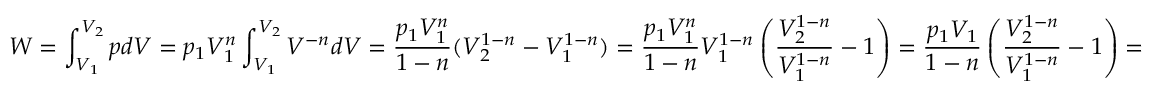
W = \int _ { V _ { 1 } } ^ { V _ { 2 } } p d V = p _ { 1 } V _ { 1 } ^ { n } \int _ { V _ { 1 } } ^ { V _ { 2 } } V ^ { - n } d V = { \frac { p _ { 1 } V _ { 1 } ^ { n } } { 1 - n } } ( V _ { 2 } ^ { 1 - n } - V _ { 1 } ^ { 1 - n } ) = { \frac { p _ { 1 } V _ { 1 } ^ { n } } { 1 - n } } V _ { 1 } ^ { 1 - n } \left( { \frac { V _ { 2 } ^ { 1 - n } } { V _ { 1 } ^ { 1 - n } } } - 1 \right) = { \frac { p _ { 1 } V _ { 1 } } { 1 - n } } \left( { \frac { V _ { 2 } ^ { 1 - n } } { V _ { 1 } ^ { 1 - n } } } - 1 \right) =